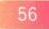
\(56\)